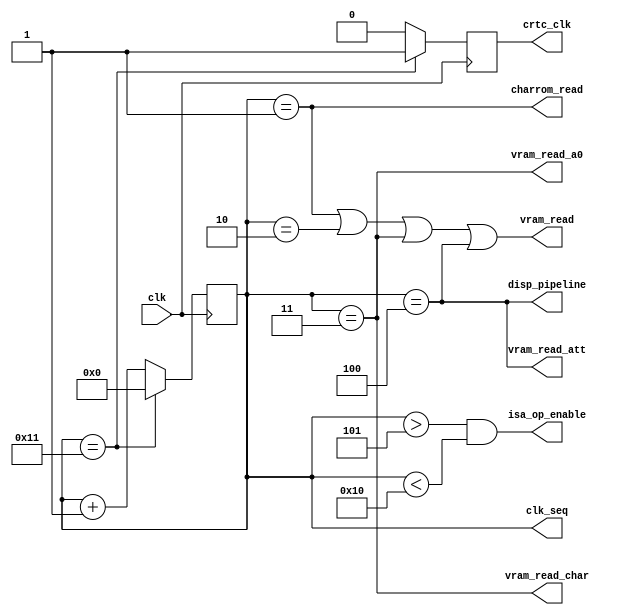
// Graphics Gremlin
//
// Copyright (c) 2021 Eric Schlaepfer
// This work is licensed under the Creative Commons Attribution-ShareAlike 4.0
// International License. To view a copy of this license, visit
// http://creativecommons.org/licenses/by-sa/4.0/ or send a letter to Creative
// Commons, PO Box 1866, Mountain View, CA 94042, USA.
//
//`default_nettype none
module mda_sequencer(
    input clk,
    output[4:0] clk_seq,
    output vram_read,
    output vram_read_a0,
    output vram_read_char,
    output vram_read_att,
    output crtc_clk,
    output charrom_read,
    output disp_pipeline,
    output isa_op_enable
    );

    parameter MDA_70HZ = 0;

    reg crtc_clk_int = 1'b0;
    reg[4:0] clkdiv = 5'b0;

    // Sequencer: times internal operations
    always @ (posedge clk)
    begin
        if (clkdiv == 5'd17) begin
            clkdiv <= 5'd0;
            crtc_clk_int <= 1'b1;
        end else begin
            clkdiv <= clkdiv + 1;
            crtc_clk_int <= 1'b0;
        end
    end

    // Control signals based on the sequencer state
    assign vram_read = ((clkdiv == 5'd1) || (clkdiv == 5'd2) || (clkdiv == 5'd3)
                        || (clkdiv == 5'd4));
    assign vram_read_a0 = (clkdiv == 5'd3);
    assign vram_read_char = (clkdiv == 5'd3);
    assign vram_read_att = (clkdiv == 5'd4);
    assign charrom_read = (clkdiv == 5'd1);
    assign disp_pipeline = (clkdiv == 5'd4);
    assign crtc_clk = crtc_clk_int;
    assign clk_seq = clkdiv;
    // Leave a gap of at least 2 cycles between the end of ISA operation and
    // vram_read. This is because an ISA operation takes 3 cycles.
    // Stupid hack: 70Hz needs an extra cycle. 50Hz can't tolerate
    // an extra cycle.
//    if (MDA_70HZ) begin
//        assign isa_op_enable = (clkdiv > 5'd6) && (clkdiv < 5'd16);
//    end else begin
        assign isa_op_enable = (clkdiv > 5'd5) && (clkdiv < 5'd16);
//    end


endmodule